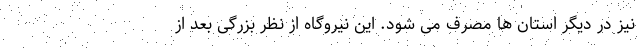
نیز در دیگر استان ها مصرف می شود. این نیروگاه از نظر بزرگی بعد از